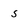
Character: s